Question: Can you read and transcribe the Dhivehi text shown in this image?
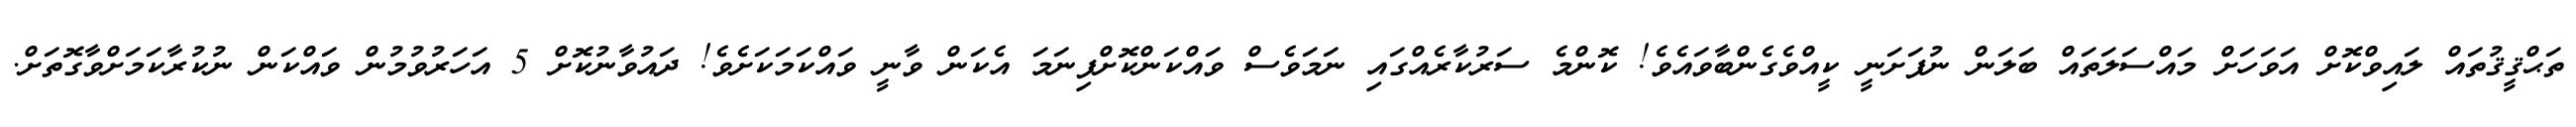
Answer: ތަޙްޤީޤުތައް ލައިވްކޮށް އަވަހަށް މައްސަލަތައް ބަލަން ނުފަށަނީ ކީއްވެގެންބާވައެވެ! ކޮންމެ ސަރުކާރެއްގައި ނަމަވެސް ވައްކަންކޮށްފިނަމަ އެކަން ވާނީ ވައްކަމަކަށެވެ! ދައުވާނުކޮށް 5 އަހަރުވުމުން ވައްކަން ނުކުރާކަމަށްވާގޮތަށް.